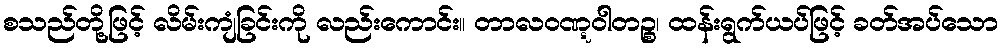
စသည်တို့ဖြင့် လိမ်းကျံခြင်းကို လည်းကောင်း။ တာလဝဏ္ဋဝါတဉ္စ၊ ထန်းရွက်ယပ်ဖြင့် ခတ်အပ်သော